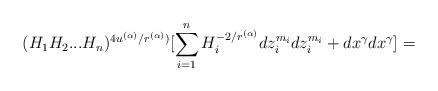
LaTeX: \begin{align*}(H_{1}H_{2}...H_{n})^{4u^{(\alpha)}/r^{(\alpha)})}[\sum _{i=1}^{n}H_{i}^{-2/r^{(\alpha)}}dz_{i}^{m_{i}}dz_{i}^{m_{i}}+dx^{\gamma}dx^{\gamma}]= \end{align*}